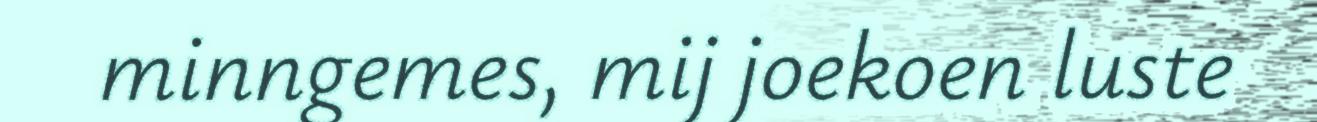
minngemes, mij joekoen luste